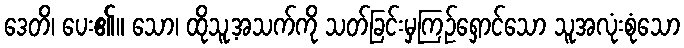
ဒေတိ၊ ပေး၏။ သော၊ ထိုသူ့အသက်ကို သတ်ခြင်းမှကြဉ်ရှောင်သော သူအလုံးစုံသော